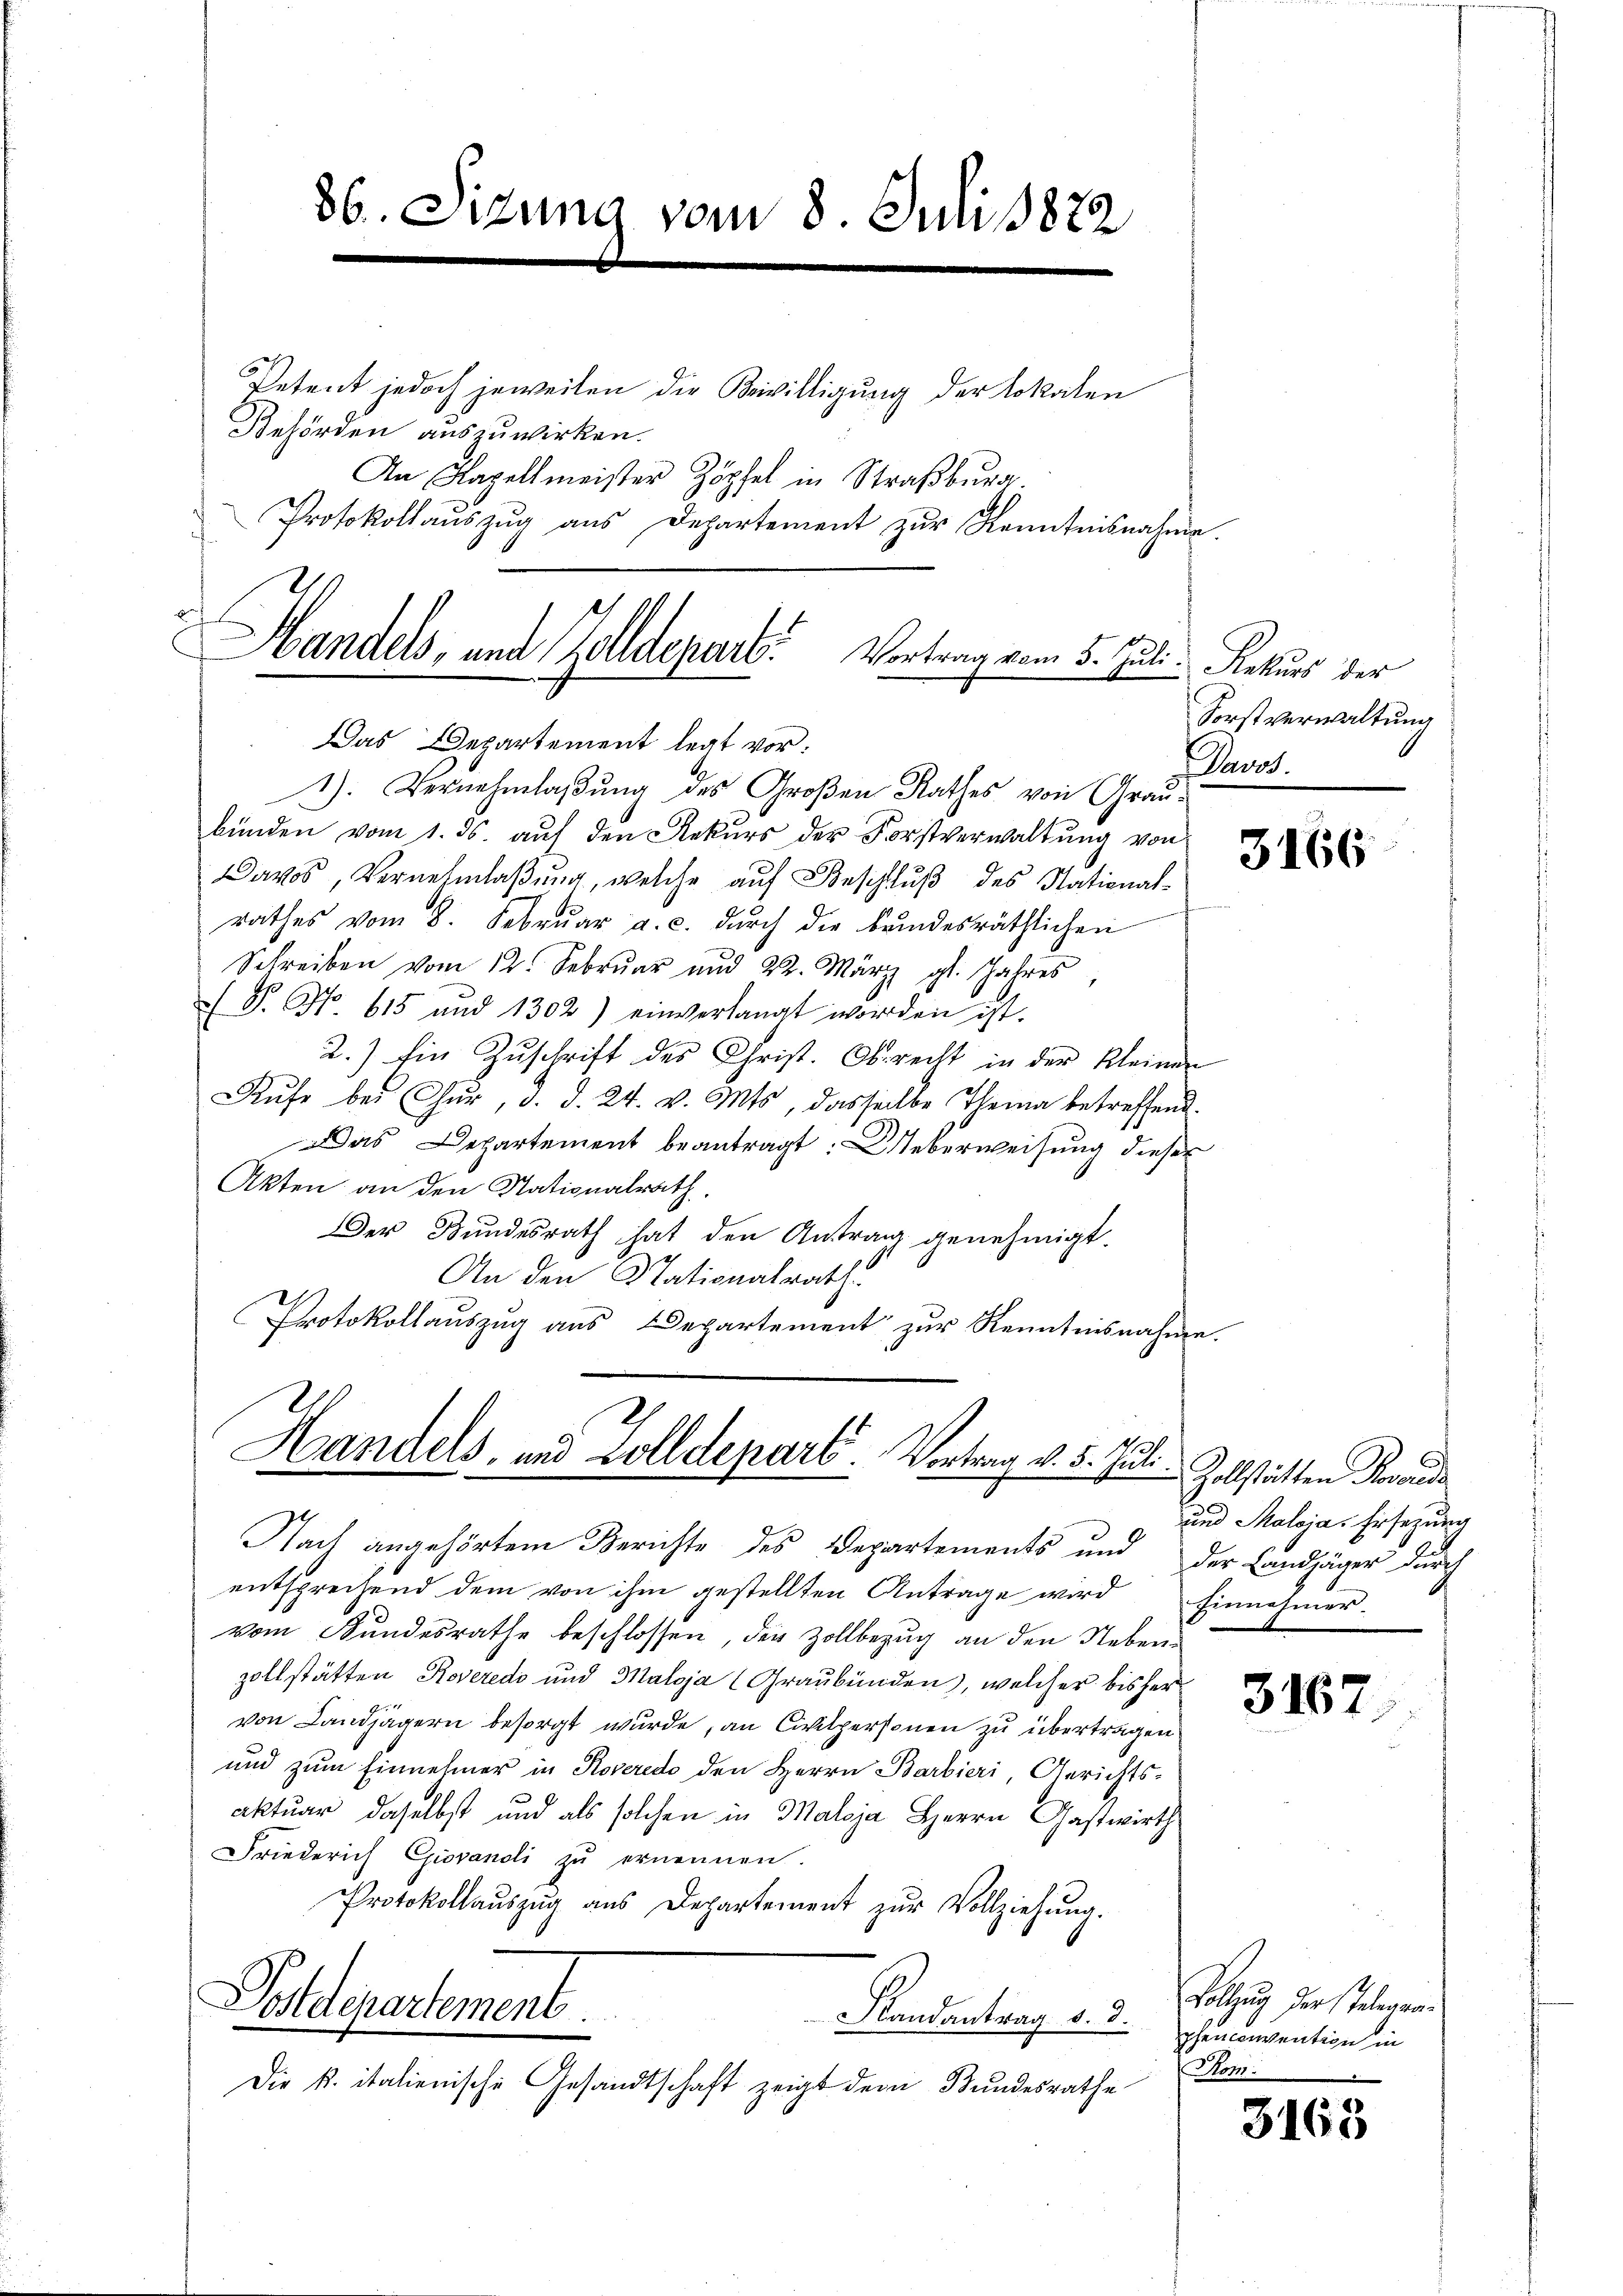
86. Sizung vom 8. Juli 1872
e

Petent jedoch jeweilen die Bewilligung der Lokalen
Behörden auszuwirken.
An Kapellmeister Zöpfel in Straßburg
Protokollaŭszŭg aŭs Departement zŭr Kenntnisnahme.
1
Handels, und Zolldepart. Vortrag vom 5. Juli Rekurs der

Das Departement legt vor:

1). Vernehmlaßung des Großen Rathes von Graubünden vom 1. ds. auf den Rekurs der Forstverwaltung von
Davos, Vernehmlaßung, welche auf Beschluß des National-
rathes vom 8. Febrŭar a. c. dŭrch die brindesräthlichen
Schreiben vom 12. Febrŭar und 22. März gl. Jahres
) S. No. 615 und 1302) einverlangt worden ist.
2.) Ein Zŭschrift des Christ. Oberecht in der Kleinen
Rŭfe bei Chur, d. d. 24. v. Mts, dasselbe Thema betreffend
Das Departement beantragt: Ueberweisung dieser
Akten an den Nationalrath.
Der Bŭndesrath hat den Antrag genehmigt.
An den Stationalrath
Protokollauszug aus Departement zur Kenntnisnahme.

Handels- und Zolldepart. Vortrag v. 5. Juli Zollstätten Reverda

Nach angehörtem Berichte des Departements und der Landjäger durch
entsprechend dem von ihm gestellten Antrage wird Einnahmer.
vom Kundesrathe beschlossen, der Zollbezug an den Nebenzollstätten Roveredo und Maloja (Graubünden), welches bisher
von Landjägern besorgt wurde, an Civilpersonen zu übertragen
und zum Einnehmer in Roveredo den Herrn Barbieri, Gerichtsaktuar daselbst und als solchen in Maloja Herrn Gastwirth
Friederich Giovandi zu ernennen.
Protokollauszug aus Departement zŭr Vollziehung.
Postdepartement.
Randantrag d. d.
Die k. italienische Gesandtschaft zeigt dem Bundesrathe

Forstverwaltung
Davos.

3166

und Maloja. Ersezung

3167

Vollzug der Telegraphenconvention in
Rom.

3165